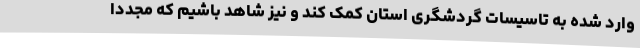
وارد شده به تاسیسات گردشگری استان کمک کند و نیز شاهد باشیم که مجددا